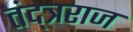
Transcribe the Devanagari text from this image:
तंद्त्रराज